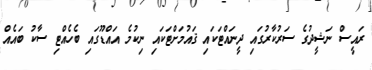
ރައީސް ނަޝީދުގެ ސަރުކާރުގައި ދީނައްޓަކައި ޤައުމަށްޓަކައި ނިކުމެ އައްޑޫގައި ބެހެއްޓި ސާކު ބައެއް